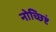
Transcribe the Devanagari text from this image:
नोच्छिष्टं